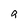
Character: 9